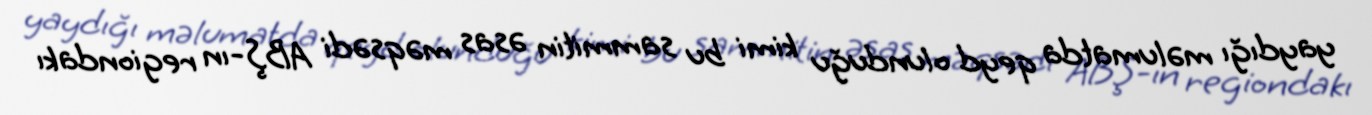
yaydığı məlumatda qeyd olunduğu kimi bu sammitin əsas məqsədi ABŞ-ın regiondakı